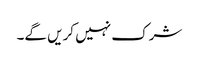
شرک نہیں کریں گے۔